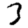
Digit: 3